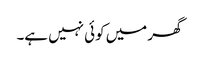
گھر میں کوئی نہیں ہے۔